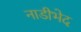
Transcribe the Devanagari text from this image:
नाडीभेद